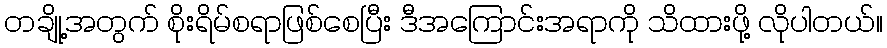
တချို့အတွက် စိုးရိမ်စရာဖြစ်စေပြီး ဒီအကြောင်းအရာကို သိထားဖို့ လိုပါတယ်။